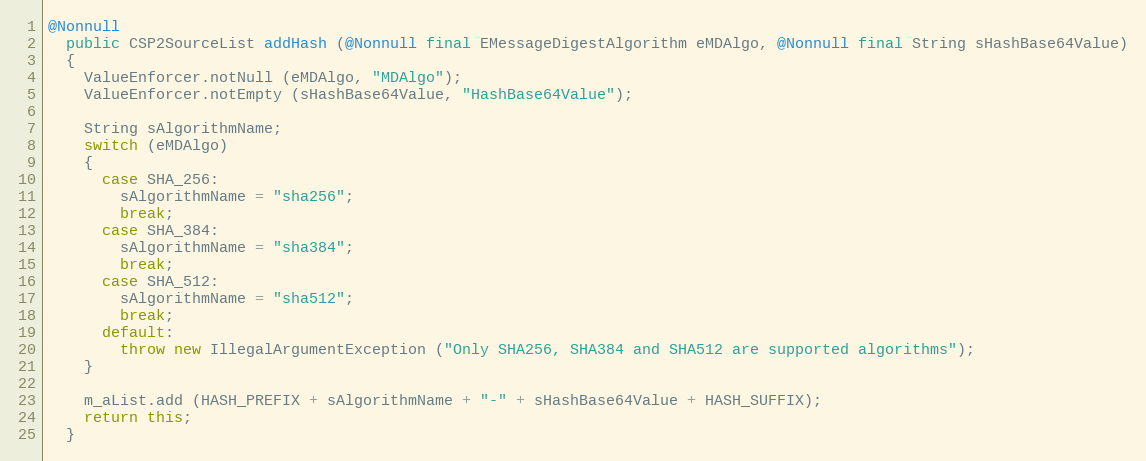
Language: Java
@Nonnull
  public CSP2SourceList addHash (@Nonnull final EMessageDigestAlgorithm eMDAlgo, @Nonnull final String sHashBase64Value)
  {
    ValueEnforcer.notNull (eMDAlgo, "MDAlgo");
    ValueEnforcer.notEmpty (sHashBase64Value, "HashBase64Value");

    String sAlgorithmName;
    switch (eMDAlgo)
    {
      case SHA_256:
        sAlgorithmName = "sha256";
        break;
      case SHA_384:
        sAlgorithmName = "sha384";
        break;
      case SHA_512:
        sAlgorithmName = "sha512";
        break;
      default:
        throw new IllegalArgumentException ("Only SHA256, SHA384 and SHA512 are supported algorithms");
    }

    m_aList.add (HASH_PREFIX + sAlgorithmName + "-" + sHashBase64Value + HASH_SUFFIX);
    return this;
  }